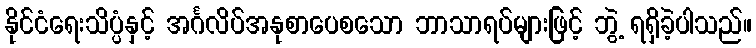
နိုင်ငံရေးသိပ္ပံနှင့် အင်္ဂလိပ်အနုစာပေစသော ဘာသာရပ်များဖြင့် ဘွဲ့ ရရှိခဲ့ပါသည်။